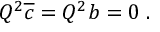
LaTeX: Q ^ { 2 } \overline { { { c } } } = Q ^ { 2 } b = 0 \; .